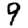
Digit: 9